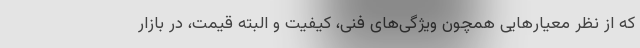
که از نظر معیارهایی همچون ویژگی‌های فنی، کیفیت و البته قیمت، در بازار